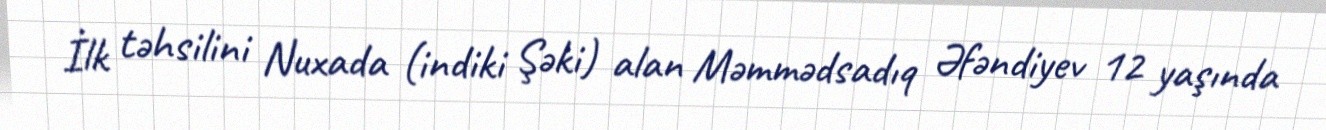
İlk təhsilini Nuxada (indiki Şəki) alan Məmmədsadıq Əfəndiyev 12 yaşında